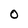
Character: O